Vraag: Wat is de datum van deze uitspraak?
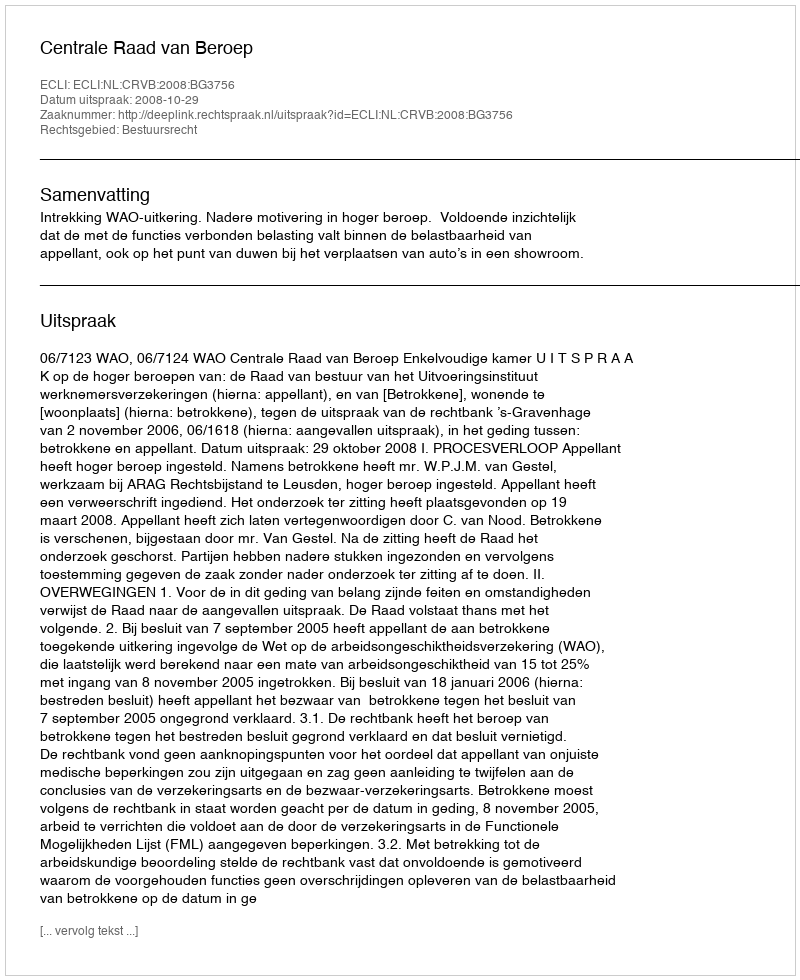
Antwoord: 2008-10-29